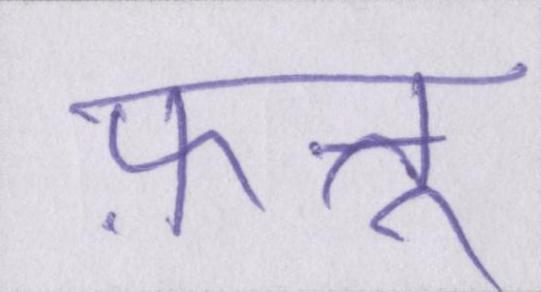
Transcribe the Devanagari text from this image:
फ़त्तू